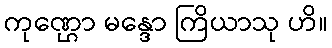
ကုဏ္ဌော မန္ဒော ကြိယာသု ဟိ။